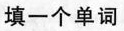
填一个单词